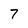
Character: 7